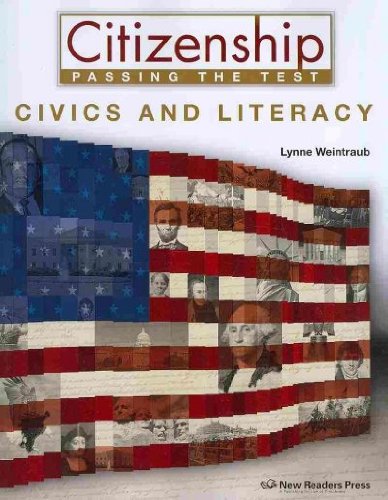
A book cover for Civics and Literacy (Citizenship Passing the Test); Lynne Weintraub; Test Preparation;